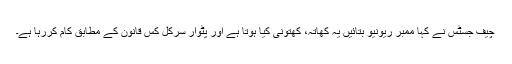
چیف جسٹس نے کہا ممبر ریونیو بتائیں یہ کھاتہ، کھتونی کیا ہوتا ہے اور پٹوار سرکل کس قانون کے مطابق کام کررہا ہے۔